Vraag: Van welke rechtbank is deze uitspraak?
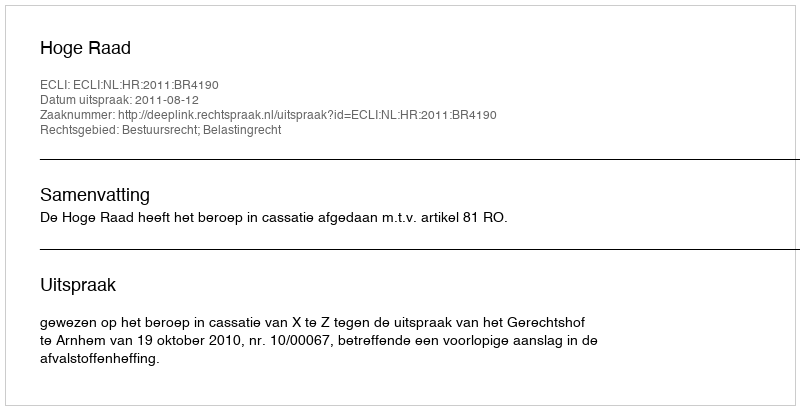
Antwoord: Hoge Raad